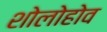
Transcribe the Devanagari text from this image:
शोलोहोव